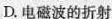
D.电磁波的折射